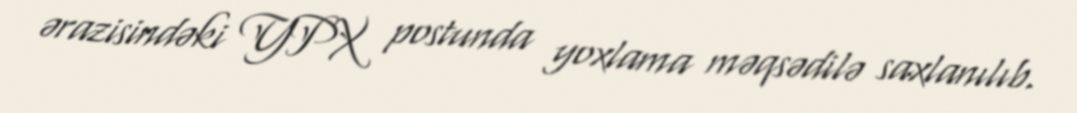
ərazisindəki YPX postunda yoxlama məqsədilə saxlanılıb.